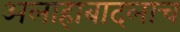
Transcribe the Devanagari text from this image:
अलाहाबादलाच